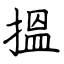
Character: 搵